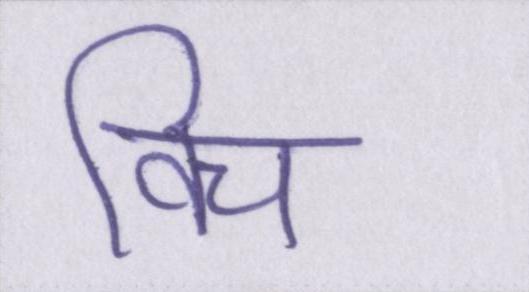
विच